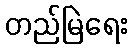
တည်မြဲရေး